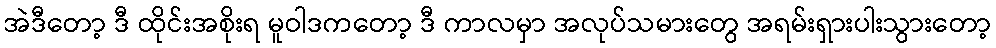
အဲဒီတော့ ဒီ ထိုင်းအစိုးရ မူဝါဒကတော့ ဒီ ကာလမှာ အလုပ်သမားတွေ အရမ်းရှားပါးသွားတော့